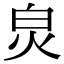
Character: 𤽈